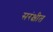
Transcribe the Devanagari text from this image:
सरंक्षीत